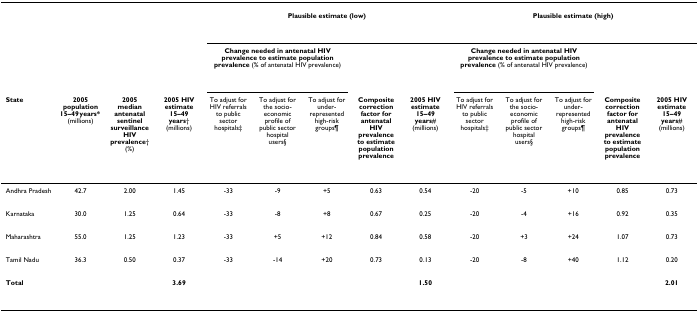
<table><thead><tr><td></td><td></td><td></td><td></td><td colspan="5"><b>Plausible estimate (low)</b></td><td colspan="5"><b>Plausible estimate (high)</b></td></tr><tr><td></td><td></td><td></td><td></td><td colspan="3"><b>Change needed in antenatal HIV prevalence to estimate population prevalence (% of antenatal HIV prevalence)</b></td><td></td><td></td><td colspan="3"><b>Change needed in antenatal HIV prevalence to estimate population prevalence (% of antenatal HIV prevalence)</b></td><td></td><td></td></tr><tr><td><b>State</b></td><td><b>2005 population 15–49 years* (millions)</b></td><td><b>2005 median antenatal sentinel surveillance HIV prevalence† (%)</b></td><td><b>2005 HIV estimate 15–49 years† (millions)</b></td><td><b>To adjust for HIV referrals to public sector hospitals‡</b></td><td><b>To adjust for the socio-economic profile of public sector hospital users§</b></td><td><b>To adjust for under-represented high-risk groups¶</b></td><td><b>Composite correction factor for antenatal HIV prevalence to estimate population prevalence</b></td><td><b>2005 HIV estimate 15–49 years# (millions)</b></td><td><b>To adjust for HIV referrals to public sector hospitals‡</b></td><td><b>To adjust for the socio-economic profile of public sector hospital users§</b></td><td><b>To adjust for under-represented high-risk groups¶</b></td><td><b>Composite correction factor for antenatal HIV prevalence to estimate population prevalence</b></td><td><b>2005 HIV estimate 15–49 years# (millions)</b></td></tr></thead><tbody><tr><td>Andhra Pradesh</td><td>42.7</td><td>2.00</td><td>1.45</td><td>-33</td><td>-9</td><td>+5</td><td>0.63</td><td>0.54</td><td>-20</td><td>-5</td><td>+10</td><td>0.85</td><td>0.73</td></tr><tr><td>Karnataka</td><td>30.0</td><td>1.25</td><td>0.64</td><td>-33</td><td>-8</td><td>+8</td><td>0.67</td><td>0.25</td><td>-20</td><td>-4</td><td>+16</td><td>0.92</td><td>0.35</td></tr><tr><td>Maharashtra</td><td>55.0</td><td>1.25</td><td>1.23</td><td>-33</td><td>+5</td><td>+12</td><td>0.84</td><td>0.58</td><td>-20</td><td>+3</td><td>+24</td><td>1.07</td><td>0.73</td></tr><tr><td>Tamil Nadu</td><td>36.3</td><td>0.50</td><td>0.37</td><td>-33</td><td>-14</td><td>+20</td><td>0.73</td><td>0.13</td><td>-20</td><td>-8</td><td>+40</td><td>1.12</td><td>0.20</td></tr><tr><td><b>Total</b></td><td></td><td></td><td><b>3.69</b></td><td></td><td></td><td></td><td></td><td><b>1.50</b></td><td></td><td></td><td></td><td></td><td><b>2.01</b></td></tr></tbody></table>